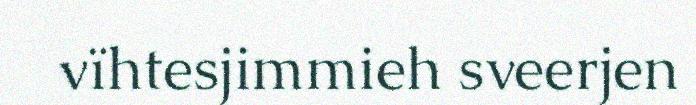
vïhtesjimmieh sveerjen